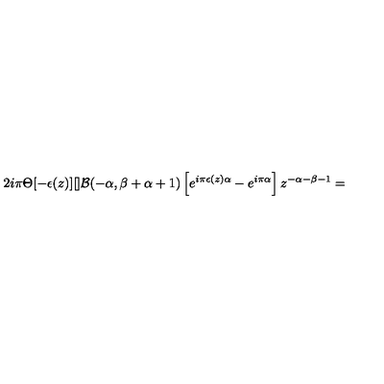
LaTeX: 2 i \pi \Theta [ - \epsilon ( z ) ] [ ] { \cal B } ( - \alpha , \beta + \alpha + 1 ) \left[ e ^ { i \pi \epsilon ( z ) \alpha } - e ^ { i \pi \alpha } \right] z ^ { - \alpha - \beta - 1 } =